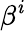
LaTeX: \beta^{\mathit{i}}